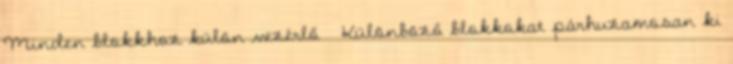
Minden blokkhoz külön vezérlő ● Különböző blokkokat párhuzamosan ki